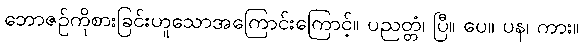
ဘောဇဉ်ကိုစားခြင်းဟူသောအကြောင်းကြောင့်။ ပညတ္တံ၊ ပြီ။ ပေ။ ပန၊ ကား။